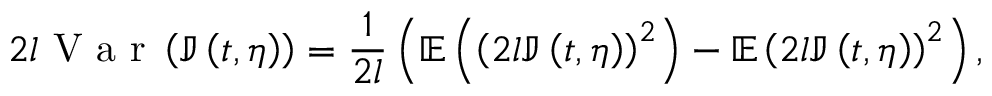
2 l \mathrm { ~ V ~ a ~ r ~ } \left( \mathbb { J } \left( t , \eta \right) \right) = \frac { 1 } { 2 l } \left( \mathbb { E } \left( \left( 2 l \mathbb { J } \left( t , \eta \right) \right) ^ { 2 } \right) - \mathbb { E } \left( 2 l \mathbb { J } \left( t , \eta \right) \right) ^ { 2 } \right) ,